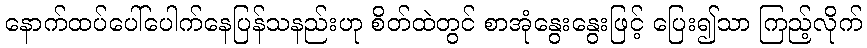
နောက်ထပ်ပေါ်ပေါက်နေပြန်သနည်းဟု စိတ်ထဲတွင် စာအုံနွေးနွေးဖြင့် ပြေး၍သာ ကြည့်လိုက်